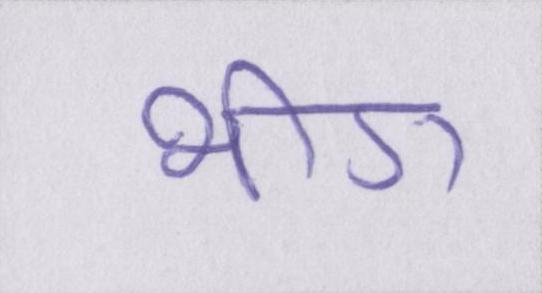
भीग